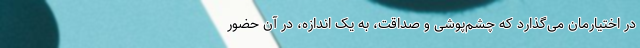
در اختیارمان می‌گذارد که چشم‌پوشی و صداقت، به یک اندازه، در آن حضور